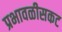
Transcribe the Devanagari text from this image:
प्रभावळीसकट